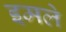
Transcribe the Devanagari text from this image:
इमले